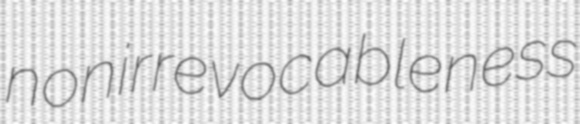
nonirrevocableness